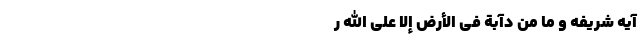
آیه شریفه وَ مَا مِن دَآبَّةٍ فِی الأَرْضِ إِلاَّ عَلَی اللّهِ رِ